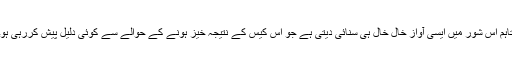
تاہم اس شور میں ایسی آواز خال خال ہی سنائی دیتی ہے جو اس کیس کے نتیجہ خیز ہونے کے حوالے سے کوئی دلیل پیش کررہی ہو۔